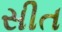
સીત